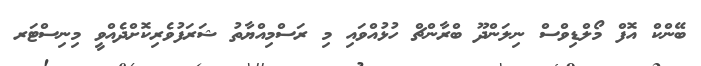
ބޭންކް އޮފް މޯލްޑިވްސް ނިލަންދޫ ބްރާންޗް ހުޅުއްވައި މި ރަސްމިއްޔާތު ޝަރަފުވެރިކޮށްދެއްވީ މިނިސްޓަރ